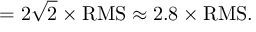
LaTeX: = 2 { \sqrt { 2 } } \times { \mathrm { R M S } } \approx 2 . 8 \times { \mathrm { R M S } } .